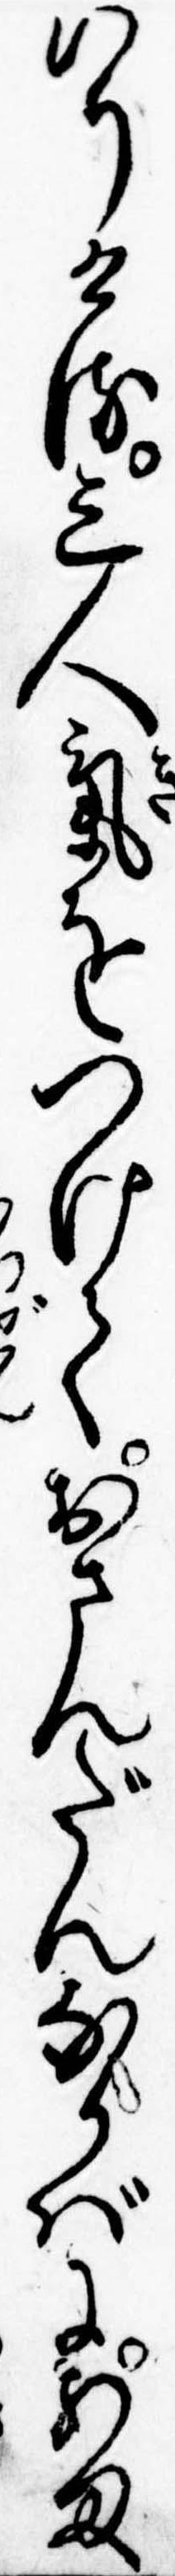
いりける三人気をつけておさんだんなかばにあま